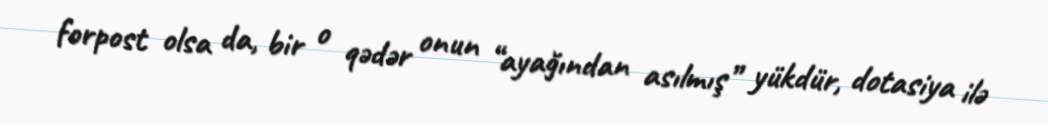
forpost olsa da, bir o qədər onun “ayağından asılmış” yükdür, dotasiya ilə